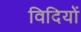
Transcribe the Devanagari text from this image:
विदियों